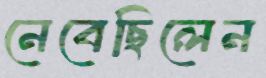
নেবেছিলেন